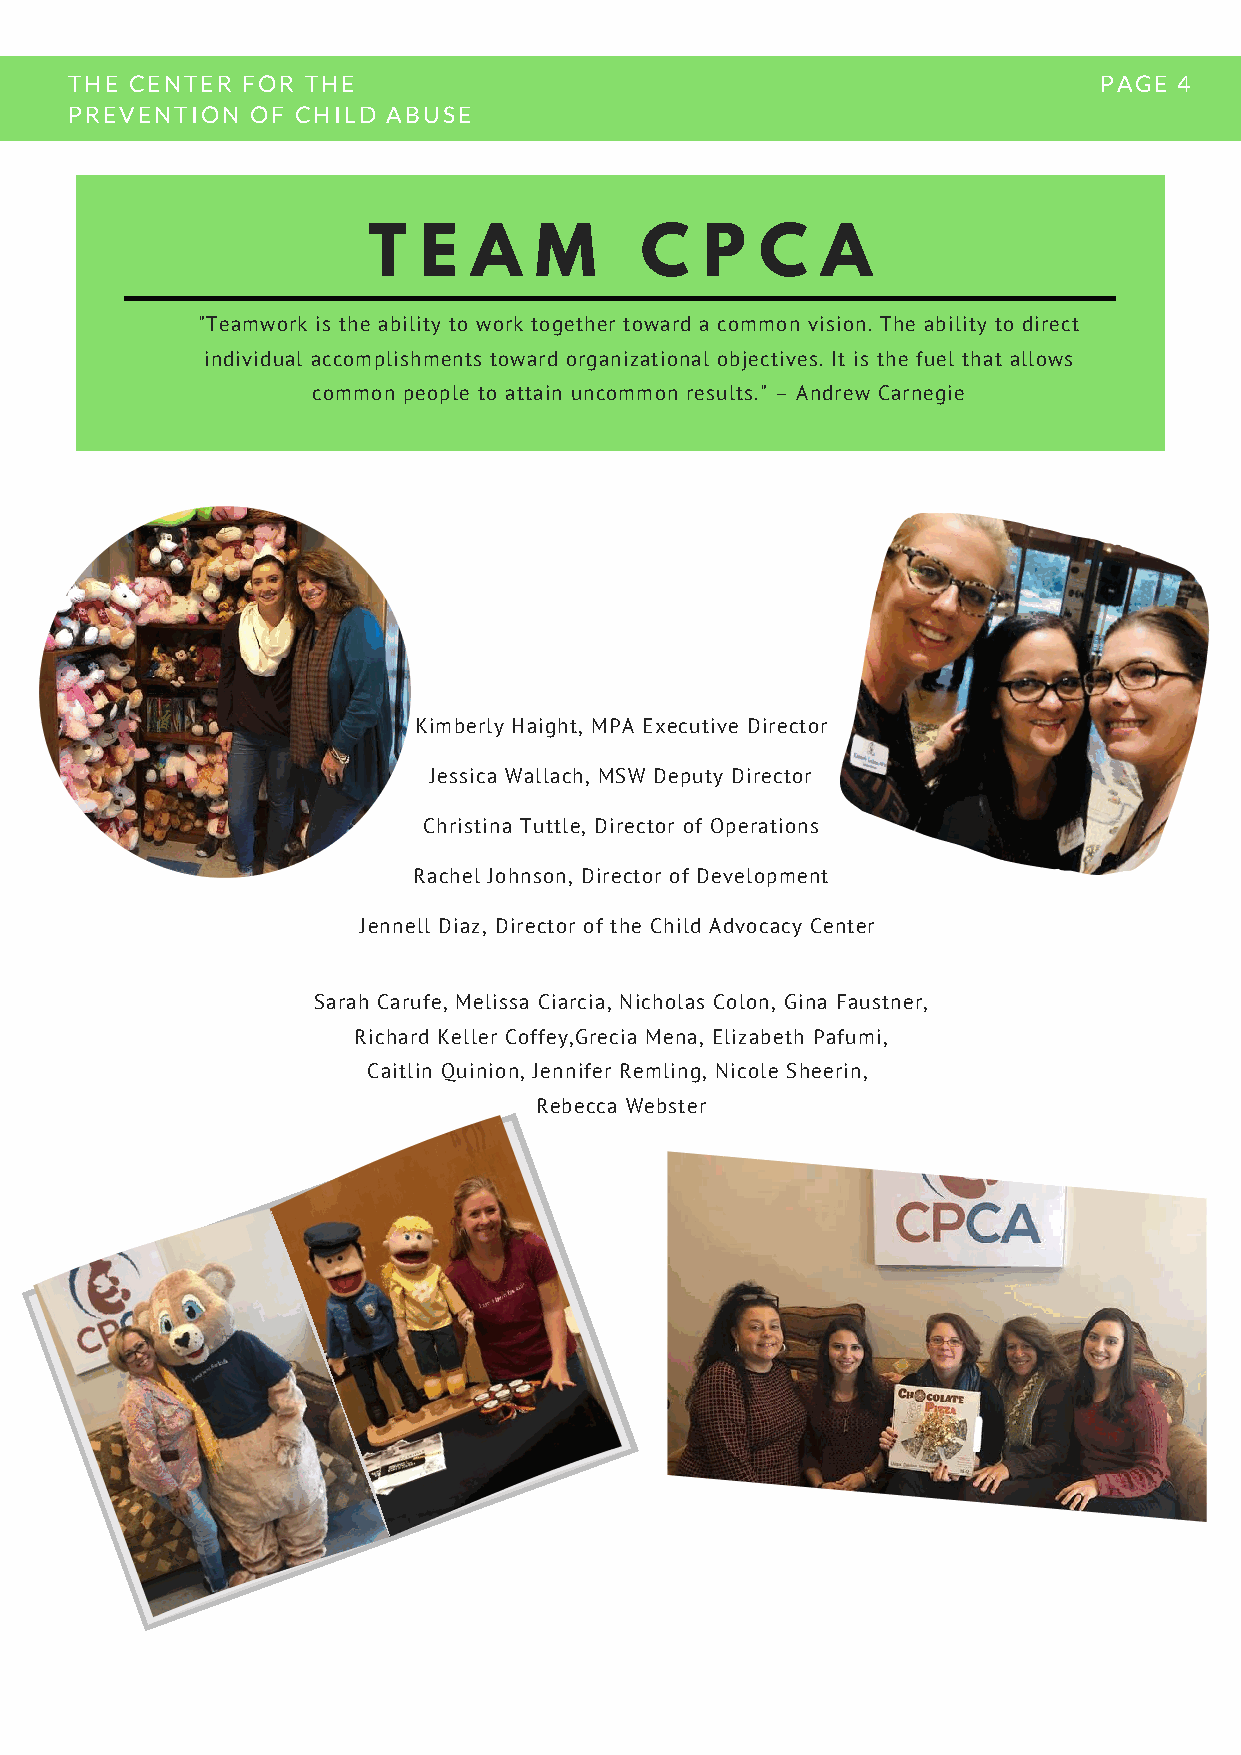
THE  CENTER FOR THE                                                  PAGE 4
 PREVENTION   OF CHILD ABUSE
 T   E  A   M      C    P  C   A
 "Teamwork is the ability to work together toward a common vision. The ability to direct
 individual accomplishments toward organizational objectives. It is the fuel that allows
 common people to attain uncommon results." – Andrew Carnegie
 Kimberly Haight, MPA Executive Director
 Jessica Wallach, MSW Deputy Director
 Christina Tuttle, Director of Operations
 Rachel Johnson, Director of Development
 Jennell Diaz, Director of the Child Advocacy Center
 Sarah Carufe, Melissa Ciarcia, Nicholas Colon, Gina Faustner,
 Richard Keller Coffey,Grecia Mena, Elizabeth Pafumi,
 Caitlin Quinion, Jennifer Remling, Nicole Sheerin,
 Rebecca Webster